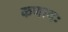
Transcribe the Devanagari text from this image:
कणादः